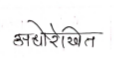
मजकूर: अधोरेखित